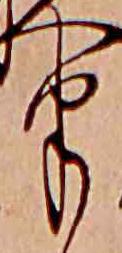
半